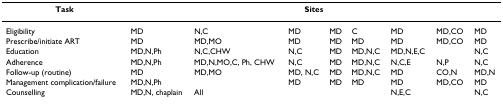
<table><thead><tr><td><b>Task</b></td><td colspan="8"><b>Sites</b></td></tr></thead><tbody><tr><td>Eligibility</td><td>MD</td><td>N,C</td><td>MD</td><td>MD</td><td>C</td><td>MD</td><td>MD,CO</td><td>MD</td></tr><tr><td>Prescribe/initiate ART</td><td>MD</td><td>MD,MO</td><td>MD</td><td>MD</td><td>MD</td><td>MD</td><td>MD,CO</td><td>MD</td></tr><tr><td>Education</td><td>MD,N,Ph</td><td>N,C,CHW</td><td>N,C</td><td>MD</td><td>MD,N,C</td><td>MD,N,E,C</td><td></td><td>N,C</td></tr><tr><td>Adherence</td><td>MD,N,Ph</td><td>MD,N,MO,C, Ph, CHW</td><td>N,C</td><td>MD</td><td>MD,N,C</td><td>N,C,E</td><td>N,P</td><td>N,C</td></tr><tr><td>Follow-up (routine)</td><td>MD</td><td>MD,MO</td><td>MD, N,C</td><td>MD</td><td>MD,N,C</td><td>MD</td><td>CO,N</td><td>MD,N</td></tr><tr><td>Management complication/failure</td><td>MD,N,Ph</td><td></td><td>MD</td><td>MD</td><td>MD</td><td>MD</td><td>MD,CO</td><td>MD</td></tr><tr><td>Counselling</td><td>MD,N, chaplain</td><td>All</td><td></td><td></td><td></td><td>N,E,C</td><td></td><td>N,C</td></tr></tbody></table>